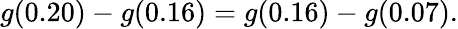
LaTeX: g(0.20)-g(0.16)=g(0.16)-g(0.07).